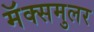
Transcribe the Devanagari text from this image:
मॅक्समुलर